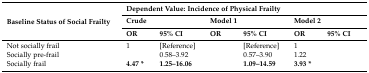
<table><thead><tr><td rowspan="3"><b>Baseline Status of Social Frailty</b></td><td colspan="6"><b>Dependent Value: Incidence of Physical Frailty</b></td></tr><tr><td colspan="2"><b>Crude</b></td><td colspan="2"><b>Model 1</b></td><td colspan="2"><b>Model 2</b></td></tr><tr><td><b>OR</b></td><td><b>95% CI</b></td><td><b>OR</b></td><td><b>95% CI</b></td><td><b>OR</b></td><td><b>95% CI</b></td></tr></thead><tbody><tr><td> Not socially frail</td><td>1</td><td>[Reference]</td><td>[EMPTY_CELL]</td><td>[Reference]</td><td>1</td><td>[EMPTY_CELL]</td></tr><tr><td> Socially pre-frail</td><td>[EMPTY_CELL]</td><td>0.58–3.92</td><td>[EMPTY_CELL]</td><td>0.57–3.90</td><td>1.22</td><td>[EMPTY_CELL]</td></tr><tr><td> Socially frail</td><td><b>4.47 *</b></td><td><b>1.25–16.06</b></td><td>[EMPTY_CELL]</td><td><b>1.09–14.59</b></td><td><b>3.93 *</b></td><td>[EMPTY_CELL]</td></tr></tbody></table>